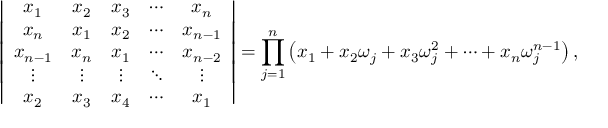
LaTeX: \left| { \begin{array} { c c c c c } { x _ { 1 } } & { x _ { 2 } } & { x _ { 3 } } & { \cdots } & { x _ { n } } \\ { x _ { n } } & { x _ { 1 } } & { x _ { 2 } } & { \cdots } & { x _ { n - 1 } } \\ { x _ { n - 1 } } & { x _ { n } } & { x _ { 1 } } & { \cdots } & { x _ { n - 2 } } \\ { \vdots } & { \vdots } & { \vdots } & { \ddots } & { \vdots } \\ { x _ { 2 } } & { x _ { 3 } } & { x _ { 4 } } & { \cdots } & { x _ { 1 } } \end{array} } \right| = \prod _ { j = 1 } ^ { n } \left( x _ { 1 } + x _ { 2 } \omega _ { j } + x _ { 3 } \omega _ { j } ^ { 2 } + \cdots + x _ { n } \omega _ { j } ^ { n - 1 } \right) ,